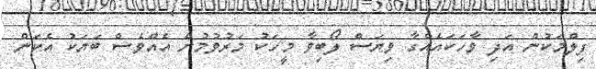
ފިލްމަކުން އަދި ވާހަކައެއްގާ ވިޔަސް ލޯބިވާ މީހަކު މަރުވުމުން އެއްވެސް ބަޔަކު އެކަން